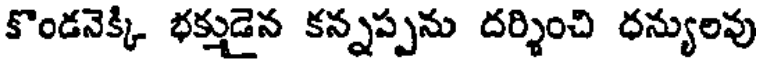
కొండనెక్కి భక్తుడైన కన్నప్పను దర్శించి ధన్యులవు